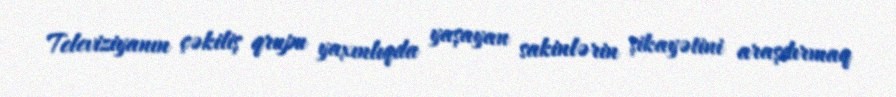
Televiziyanın çəkiliş qrupu yaxınlıqda yaşayan sakinlərin şikayətini araşdırmaq